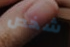
شخص